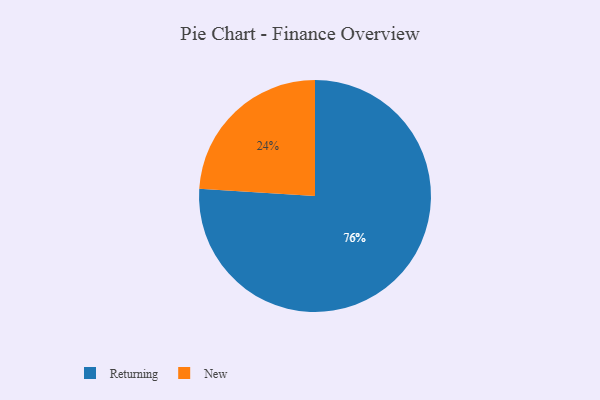
{"axis": {"x": "Category", "y": "Percentage"}, "legend": ["New", "Returning"], "data": [{"x": "New", "y": 24, "type": "New"}, {"x": "Returning", "y": 76, "type": "Returning"}]}